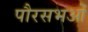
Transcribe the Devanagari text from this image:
पौरसभओं